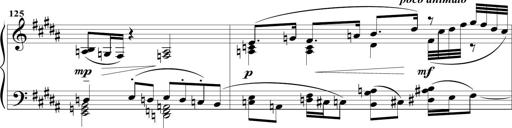
Title: Sonatine MÃ©lancolique
Composer: Julian Raoul Besset